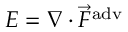
E = \nabla \cdot \vec { F } ^ { \mathrm { a d v } }